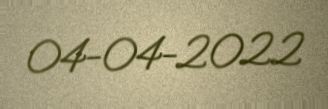
04-04-2022